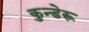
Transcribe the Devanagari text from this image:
कुन्डेरू